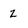
Character: Z